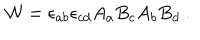
LaTeX: { \cal W } = \epsilon _ { a b } \epsilon _ { c d } A _ { a } B _ { c } A _ { b } B _ { d } ~ .